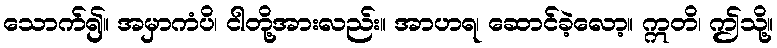
သောက်၍။ အမှာကံပိ၊ ငါတို့အားလည်း။ အာဟရ၊ ဆောင်ခဲ့လော့။ ဣတိ၊ ဤသို့။